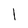
Character: l